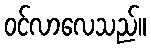
ဝင်လာလေသည်။